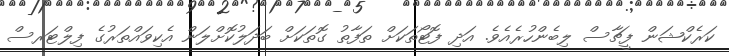
ކަރެކްޝަން ފީޗާސް ލިބެންހުރެއެވެ. އަދި ފޮޓޯތަކަށް ތަފާތު ގޮތަކަށް ބަދަލުކޮށްލަން އެކިވައްތަރުގެ ފިލްޓަރސް